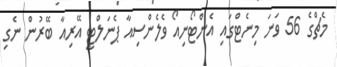
މެޗްގެ 56 ވަނަ މިނެޓްގައި އެންޓޯނިއޯ ވެލެންސިއާ ޕެނަލްޓީ އޭރިއާ ބޭރުން ނެގި